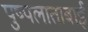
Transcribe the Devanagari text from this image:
पुष्पलाताबाई